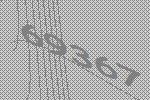
69367